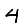
Digit: 4